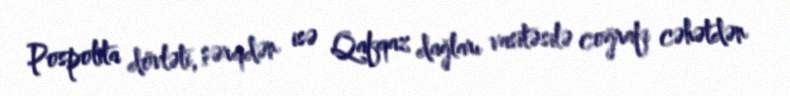
Pospolita dövləti, şərqdən isə Qafqaz dağları vasitəsilə coğrafi cəhətdən